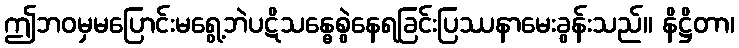
ဤဘဝမှမပြောင်းမရွေ့ဘဲပဋိသန္ဓေစွဲနေရခြင်းပြဿနာမေးခွန်းသည်။ နိဋ္ဌိတာ၊